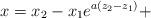
LaTeX: \begin{align*} x= x_2- x_1 e^{a (z_2-z_1)}+ \end{align*}